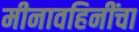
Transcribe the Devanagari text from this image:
मीनावहिनींचा